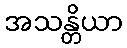
အသန္တိယာ